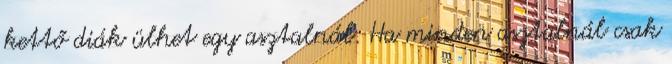
kettő diák ülhet egy asztalnál. Ha minden asztalnál csak